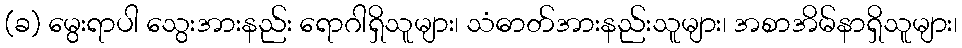
(ခ) မွေးရာပါ သွေးအားနည်း ရောဂါရှိသူများ၊ သံဓာတ်အားနည်းသူများ၊ အစာအိမ်နာရှိသူများ၊